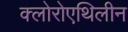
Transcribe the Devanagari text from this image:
क्लोरोएथिलीन